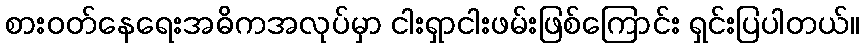
စားဝတ်နေရေးအဓိကအလုပ်မှာ ငါးရှာငါးဖမ်းဖြစ်ကြောင်း ရှင်းပြပါတယ်။